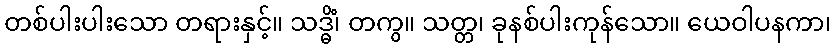
တစ်ပါးပါးသော တရားနှင့်။ သဒ္ဓိံ၊ တကွ။ သတ္တ၊ ခုနစ်ပါးကုန်သော။ ယေဝါပနကာ၊